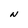
Character: N